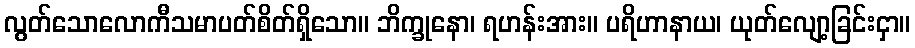
လွတ်သောလောကီသမာပတ်စိတ်ရှိသော။ ဘိက္ခုနော၊ ရဟန်းအား။ ပရိဟာနာယ၊ ယုတ်လျော့ခြင်းငှာ။